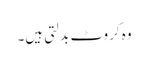
وہ کروٹ بدلتی ہیں۔